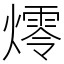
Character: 燯